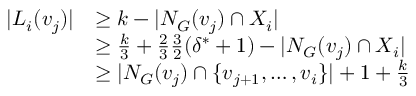
\begin{array} { r l } { | L _ { i } ( v _ { j } ) | } & { \geq k - | N _ { G } ( v _ { j } ) \cap X _ { i } | } \\ & { \geq \frac { k } { 3 } + \frac { 2 } { 3 } \frac { 3 } { 2 } ( \delta ^ { * } + 1 ) - | N _ { G } ( v _ { j } ) \cap X _ { i } | } \\ & { \geq | N _ { G } ( v _ { j } ) \cap \{ v _ { j + 1 } , \dots , v _ { i } \} | + 1 + \frac { k } { 3 } } \end{array}